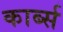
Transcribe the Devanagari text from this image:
कार्ब्स